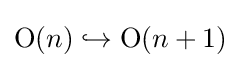
\operatorname {O} (n)\hookrightarrow \operatorname {O} (n+1)